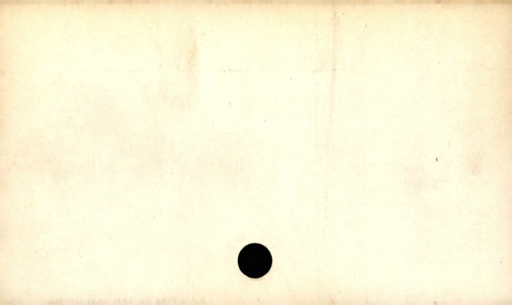
Label: blank